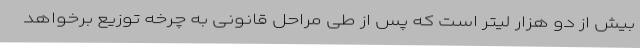
بیش از دو هزار لیتر است که پس از طی مراحل قانونی به چرخه توزیع برخواهد